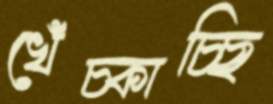
খেঁচ্‌কাচ্ছি